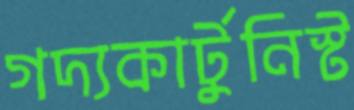
গদ্যকার্টুনিস্ট